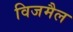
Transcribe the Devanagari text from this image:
विजमैल